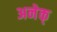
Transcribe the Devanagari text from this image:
अनेक्